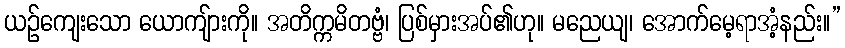
ယဉ်ကျေးသော ယောကျ်ားကို။ အတိက္ကမိတဗ္ဗံ၊ ပြစ်မှားအပ်၏ဟု။ မညေယျ၊ အောက်မေ့ရာအံ့နည်း။”